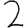
Digit: 2